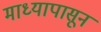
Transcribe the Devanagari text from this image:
माध्यापासून